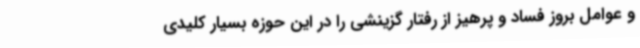
و عوامل بروز فساد و پرهیز از رفتار گزینشی را در این حوزه بسیار کلیدی